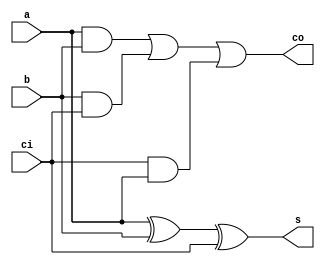
module  full_adder(a,b,s,ci,co);
   input a,b,ci;   // a plus b    ci is from last adder
   output s,co; // s is sum (1bit)   co is current carry-bit
    assign s=a^b^ci;
    assign co=(a&&b)||(b&&ci)||(ci&&a);

endmodule